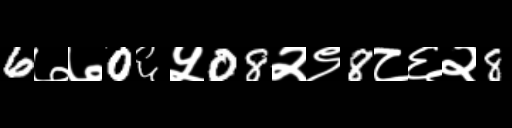
Text: 6७७0६५08२९8८६२8